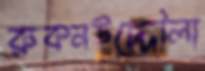
রুকনউদ্দৌলা